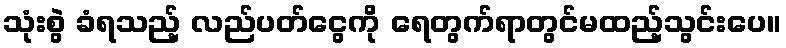
သုံးစွဲ ခံရသည့် လည်ပတ်ငွေကို ရေတွက်ရာတွင်မထည့်သွင်းပေ။